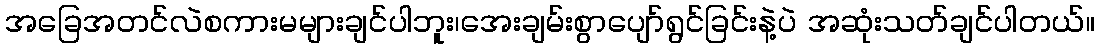
အခြေအတင်လဲစကားမများချင်ပါဘူး၊အေးချမ်းစွာပျော်ရွင်ခြင်းနဲ့ပဲ အဆုံးသတ်ချင်ပါတယ်။